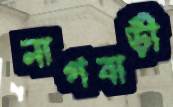
নাগবাড়ী